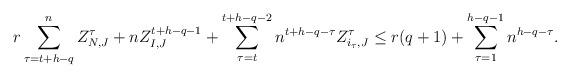
LaTeX: \begin{align*}r \sum_{\tau = t+h-q}^n Z_{N,J}^{\tau} +n Z^{t+h-q-1}_{I,J}&+\sum_{\tau=t}^{t+h-q-2}n^{t+h-q-\tau} Z^{\tau}_{i_{\tau},J} \leq r(q+1)+\sum_{\tau=1}^{h-q-1}n^{h-q-\tau} .\end{align*}